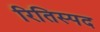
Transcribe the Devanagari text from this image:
रितिस्पद